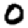
Digit: 0